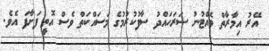
އޭރު އިމާރާތް ވެއްޓުނު ސަރަހައްދު ސާފުކުރުމުގެ މަސައްކަތް ވެސް އޮތީ ފަށާފަ އެވެ.